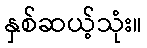
နှစ်ဆယ့်သုံး။